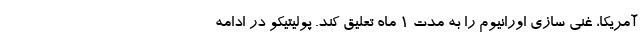
آمریکا، غنی سازی اورانیوم را به مدت 1 ماه تعلیق کند. پولیتیکو در ادامه